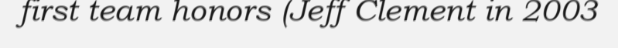
first team honors (Jeff Clement in 2003